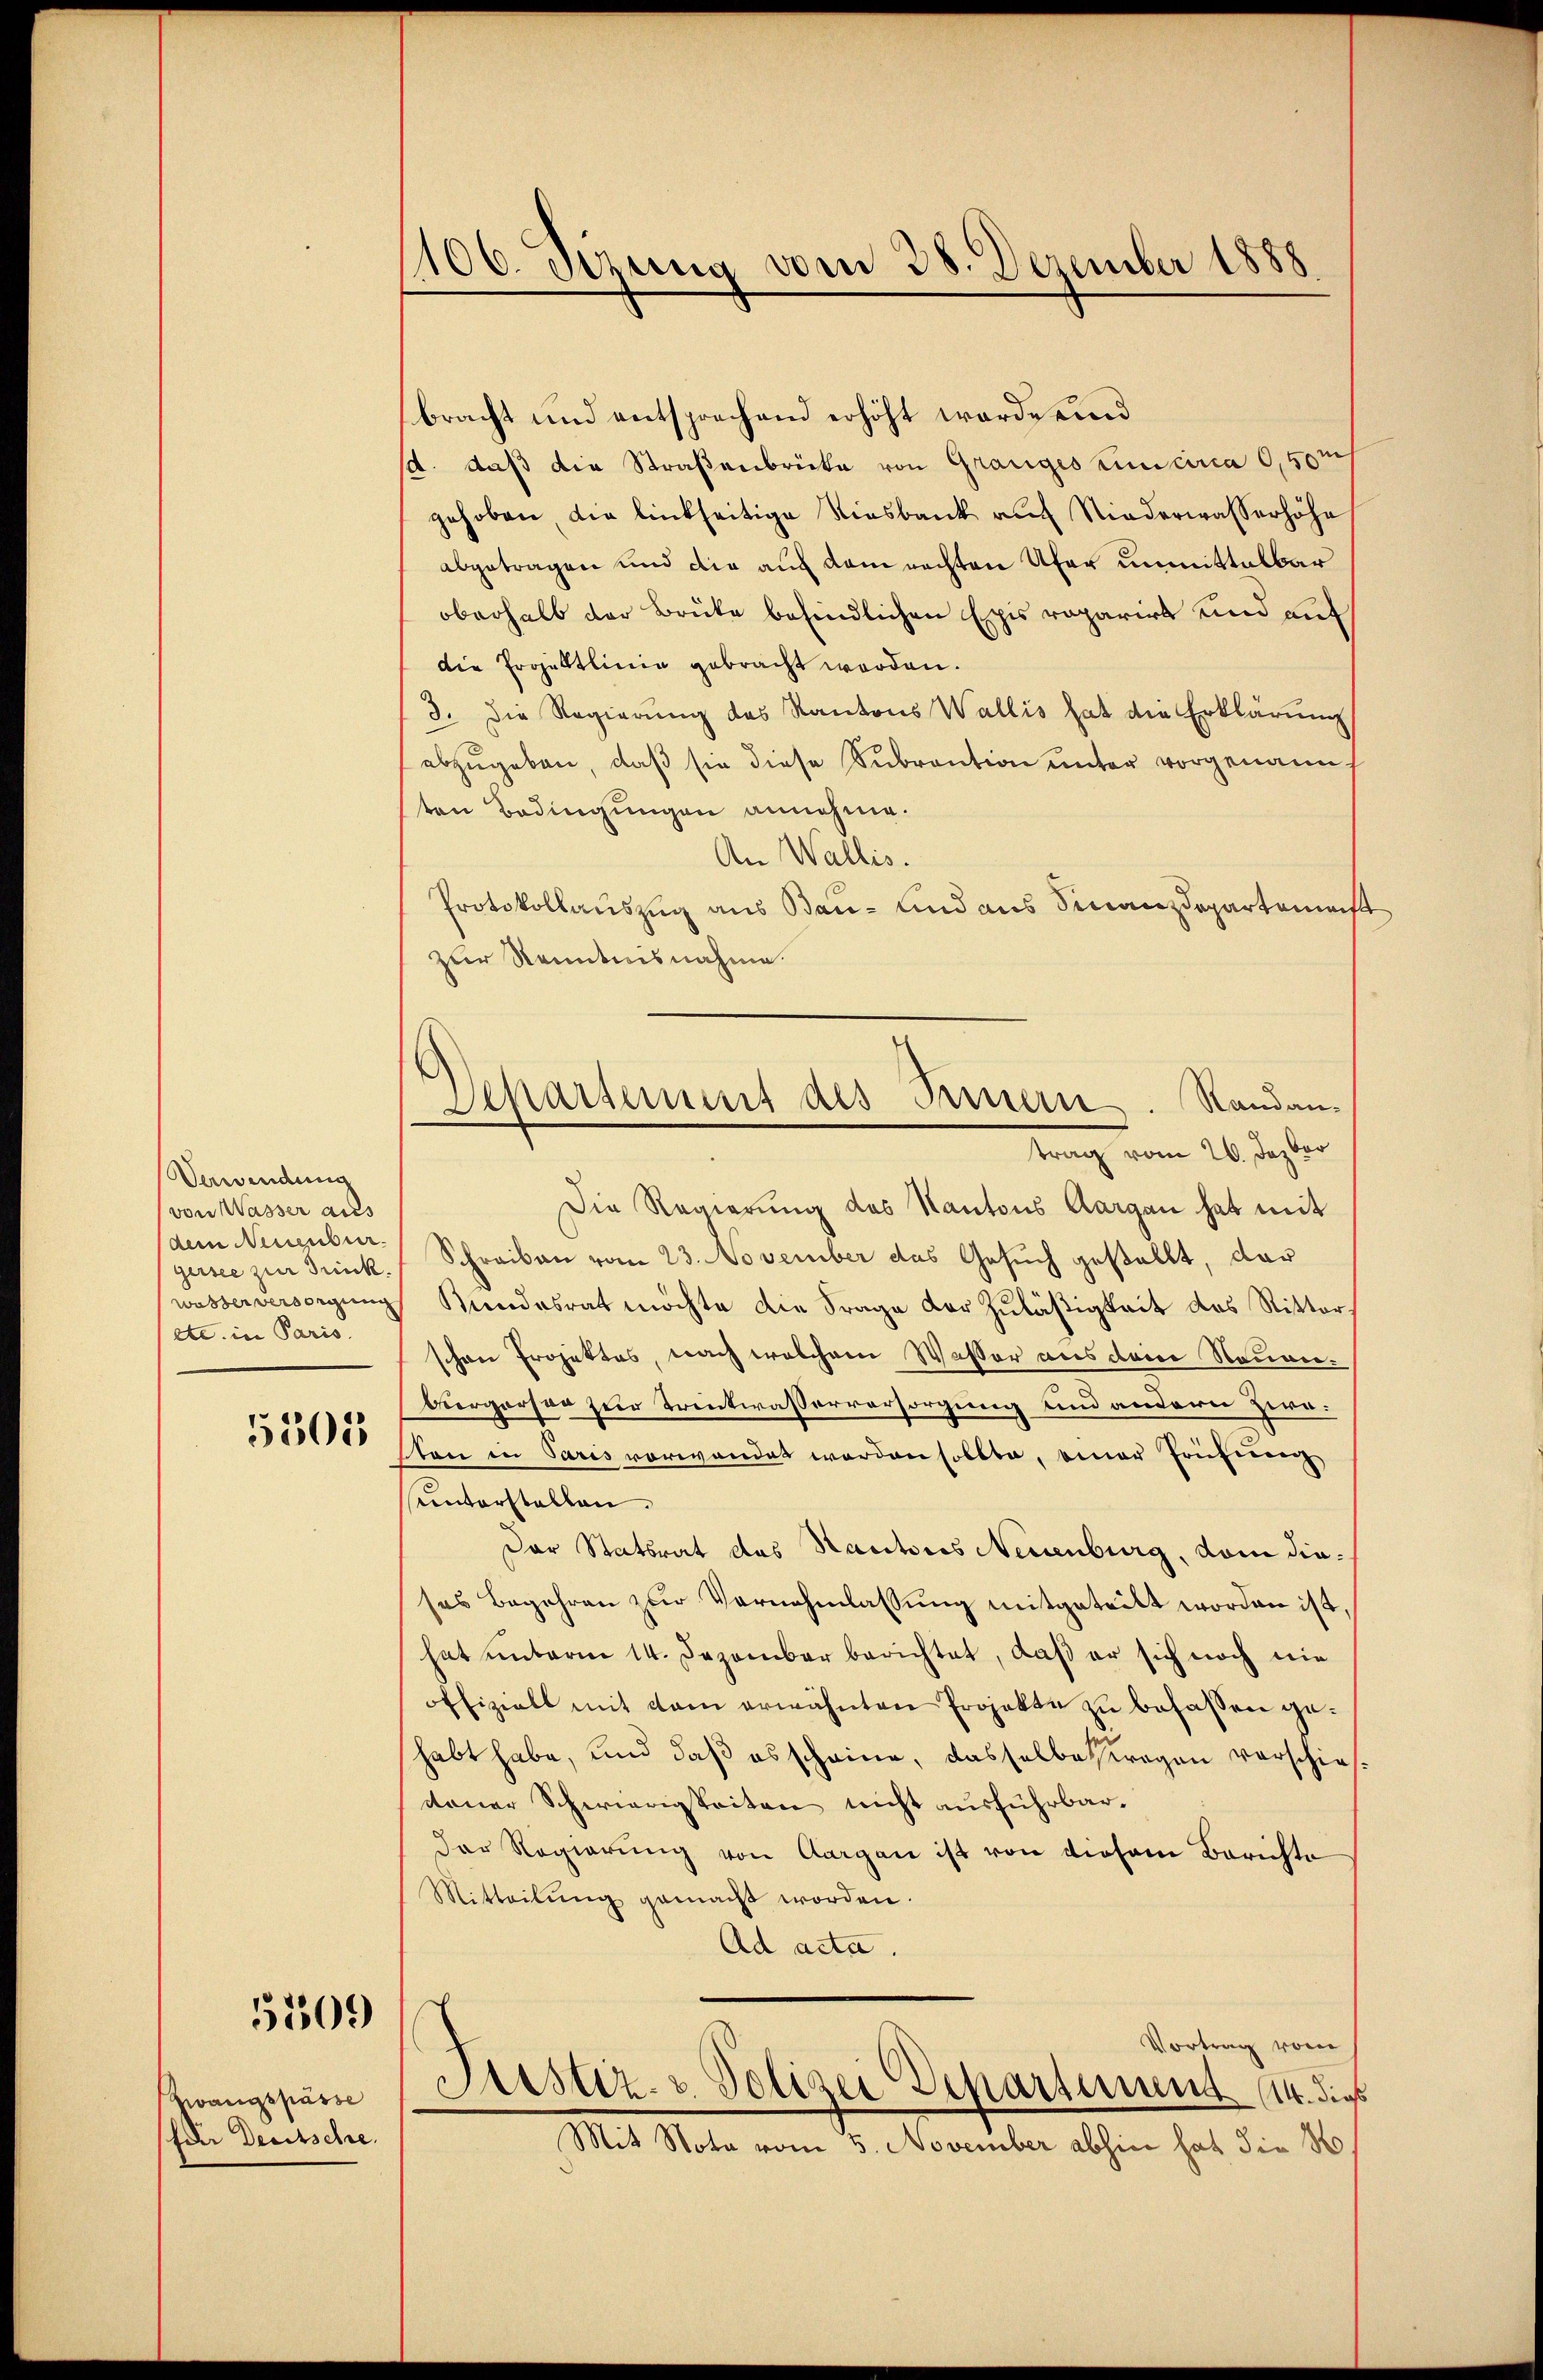
Verwendung
(von Wasser aus
dem Neuenber
Druck.
wasser versorgung
etc. in Paris.
5305

5309

Zwangspasse
für Deutsche.

106. Setzung vom 28. Dezember 1888

Scharst des Innern. Standantrag vom 20. Jezbor

bracht und entsprechend erhöht werde und
/A. daß die Straßenbrücke von Grauges zunicirca 0,50m
gehoben, die linkseitige Riesbank auf Niederwasserhöhe
abgetragen und die auf dem rechten Ufer unmittelbar
oberhalb der Brüke befindlichen Exis reparirt und auf
die Projekttlinie gebracht worden.
3. Die Regierung des Kantons Wallis hat die Erklärung
abzugeben, daß sie diese Subvention unter vorgenann
ten Bedingungen annehme.
An Wallis.
Protokollauszug aus Bau- und aus Finanzdepartemacht
zur Kenntnisnahme.
Die Regierung des Kantons Aargau hat mit
Schreiben vom 23. November das Gesuch gestellt, dar
Kundesrat möchte die Frage der Zuläßigkeit des Ritter
schen Projektes, nach welchem Wasser aus derer Neuen¬
Biergarter zur Trentwasserversorgung und andern Ziroton in Paris vorwandet worden sollte, einer Prüferenz
unterstellen.
Der Statsrat des Hautoris Neuenburg, dem dieses Begehren zur Vernehmlassung mitgetritt worden ist
hat unterm 14. Dezember berichtet, daß er sich noch nie
offiziell mit dem erwähnten Projekte zu befassen gehabt habe, und daß es scheine, dasselbe fragen verschiesdener Schwierigkeiten nicht ausführbar.
der Regierung von Aargau ist von diesem Berichte
Mitteilung gemacht worden.
Ad acta.
Vortrag vom
Justiz- & Polizei Departirung 14. dies
Mit Nota vom 5. November abhin hat die No